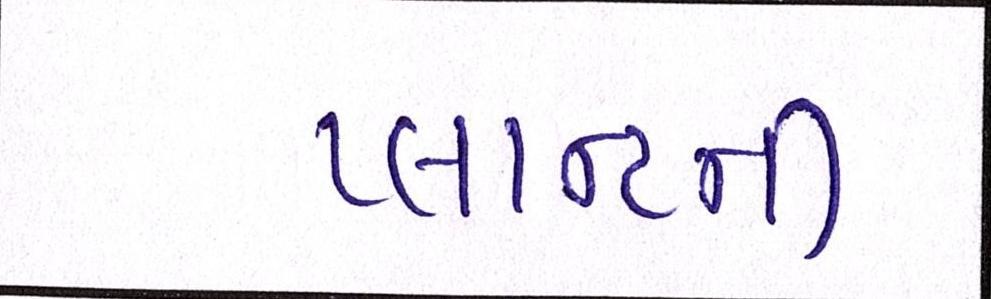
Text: પ્લાન્ટની